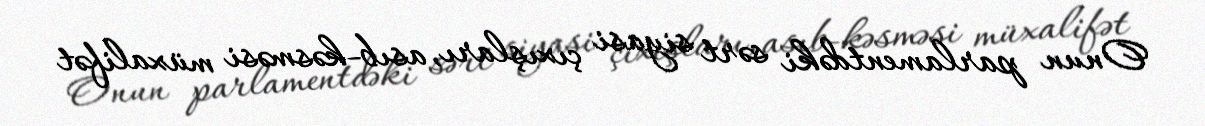
Onun parlamentdəki sərt siyasi çıxışları, asıb-kəsməsi müxalifət